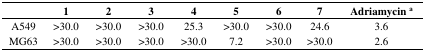
|  | 1 | 2 | 3 | 4 | 5 | 6 | 7 | Adriamycin a |
 | --- | --- | --- | --- | --- | --- | --- | --- | --- |
 | A549 | >30.0 | >30.0 | >30.0 | 25.3 | >30.0 | >30.0 | 24.6 | 3.6 |
 | MG63 | >30.0 | >30.0 | >30.0 | >30.0 | 7.2 | >30.0 | >30.0 | 2.6 |